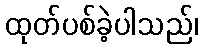
ထုတ်ပစ်ခဲ့ပါသည်၊